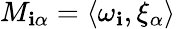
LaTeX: M_{\mathbf{i}\alpha}=\langle\omega_{\mathbf{i}},\xi_{\alpha}\rangle